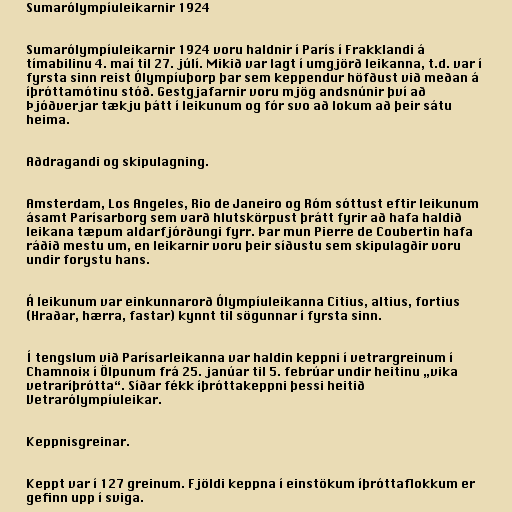
Sumarólympíuleikarnir 1924

Sumarólympíuleikarnir 1924 voru haldnir í París í Frakklandi á
tímabilinu 4. maí til 27. júlí. Mikið var lagt í umgjörð leikanna, t.d. var í
fyrsta sinn reist Ólympíuþorp þar sem keppendur höfðust við meðan á
íþróttamótinu stóð. Gestgjafarnir voru mjög andsnúnir því að
Þjóðverjar tækju þátt í leikunum og fór svo að lokum að þeir sátu
heima.

Aðdragandi og skipulagning.

Amsterdam, Los Angeles, Rio de Janeiro og Róm sóttust eftir leikunum
ásamt Parísarborg sem varð hlutskörpust þrátt fyrir að hafa haldið
leikana tæpum aldarfjórðungi fyrr. Þar mun Pierre de Coubertin hafa
ráðið mestu um, en leikarnir voru þeir síðustu sem skipulagðir voru
undir forystu hans.

Á leikunum var einkunnarorð Ólympíuleikanna Citius, altius, fortius
(Hraðar, hærra, fastar) kynnt til sögunnar í fyrsta sinn.

Í tengslum við Parísarleikanna var haldin keppni í vetrargreinum í
Chamnoix í Ölpunum frá 25. janúar til 5. febrúar undir heitinu „vika
vetraríþrótta“. Síðar fékk íþróttakeppni þessi heitið
Vetrarólympíuleikar.

Keppnisgreinar.

Keppt var í 127 greinum. Fjöldi keppna í einstökum íþróttaflokkum er
gefinn upp í sviga.